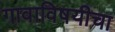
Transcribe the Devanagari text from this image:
गावाविषयीचा